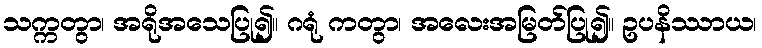
သက္ကတွာ၊ အရိုအသေပြု၍။ ဂရုံ ကတွာ၊ အလေးအမြတ်ပြု၍။ ဥပနိဿာယ၊